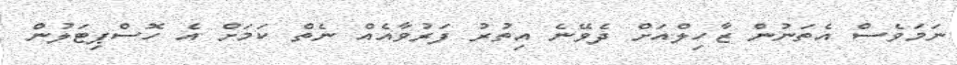
ނަމަވެސް އެތަނުން ޒާހިލްއަށް ދެވޭނެ އިތުރު ފަރުވާއެއް ނެތް ކަމަށް އެ ހޮސްޕިޓަލުން